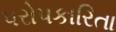
પરોપકારિતા